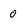
Character: 0